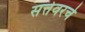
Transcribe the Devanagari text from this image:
सत्तेवरचे